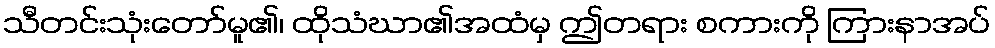
သီတင်းသုံးတော်မူ၏၊ ထိုသံဃာ၏အထံမှ ဤတရား စကားကို ကြားနာအပ်